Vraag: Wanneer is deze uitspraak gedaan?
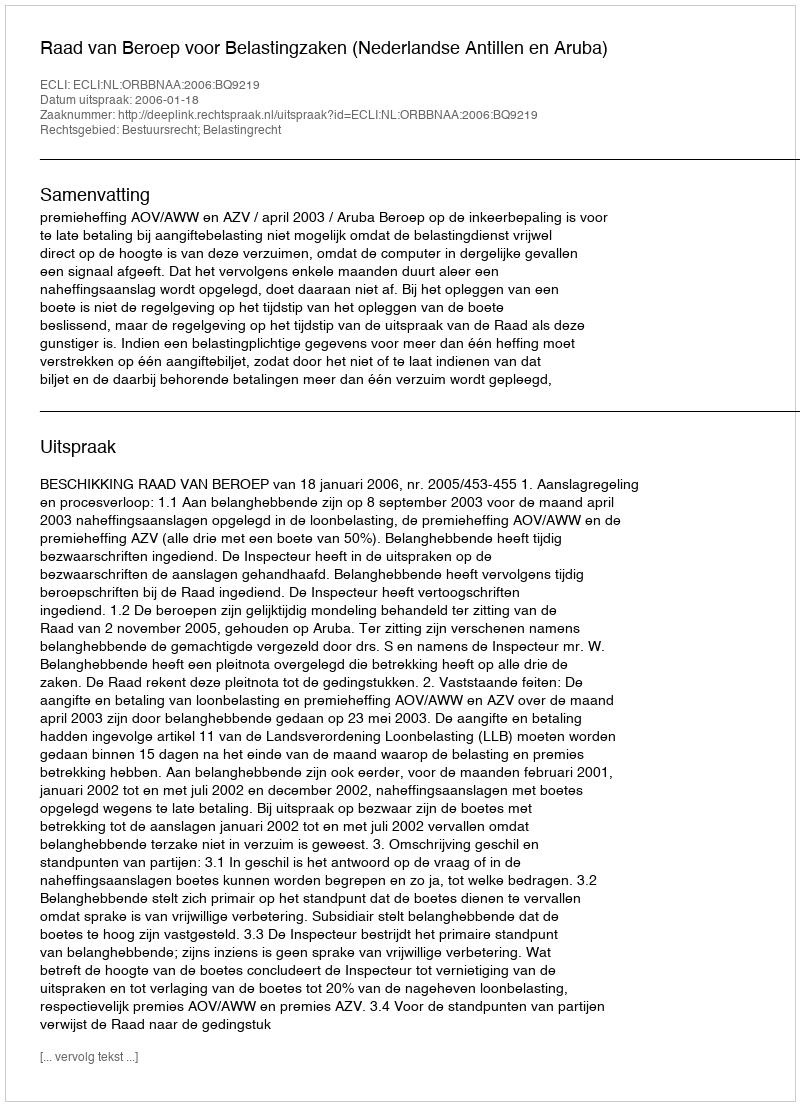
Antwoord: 2006-01-18